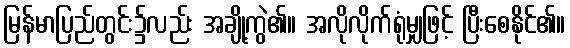
မြန်မာပြည်တွင်း၌လည်း အချို့ကွဲ၏။ အလိုလိုက်ရုံမျှဖြင့် ပြီးစေနိုင်၏။